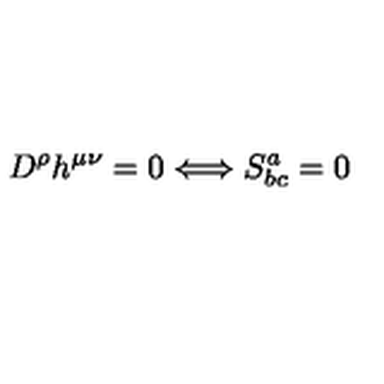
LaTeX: D ^ { \rho } h ^ { \mu \nu } = 0 \Longleftrightarrow S _ { b c } ^ { a } = 0